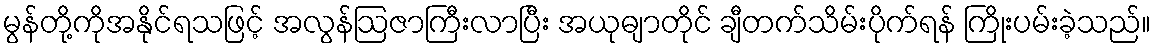
မွန်တို့ကိုအနိုင်ရသဖြင့် အလွန်ဩဇာကြီးလာပြီး အယုဓျာတိုင် ချီတက်သိမ်းပိုက်ရန် ကြိုးပမ်းခဲ့သည်။